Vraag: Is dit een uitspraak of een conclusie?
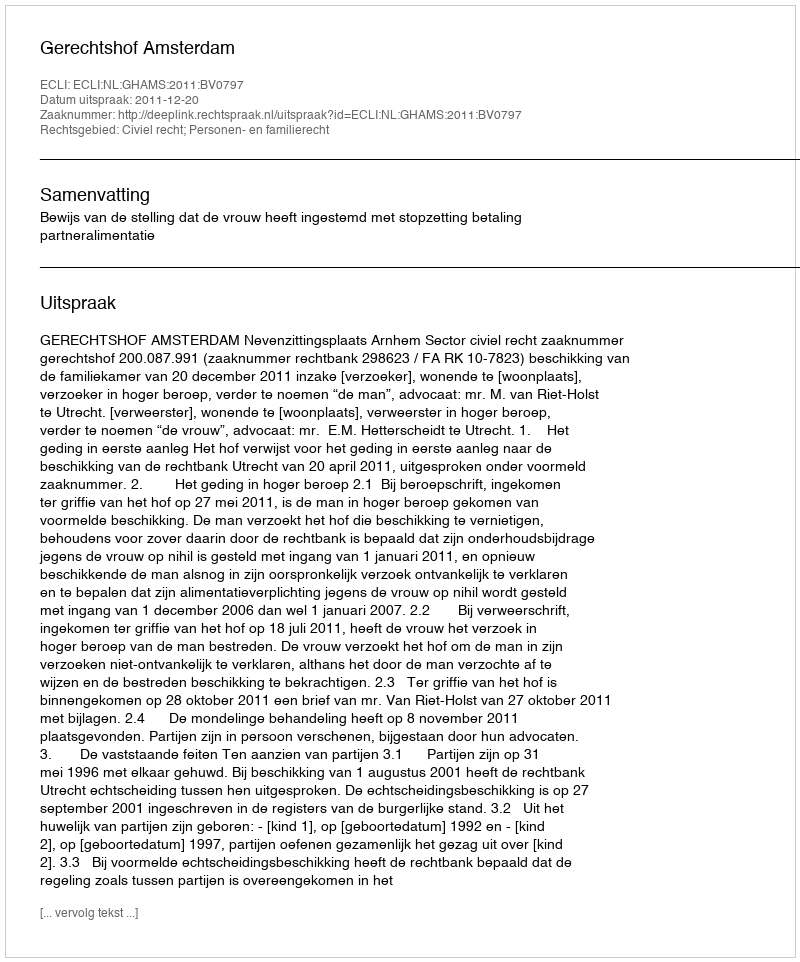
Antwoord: Uitspraak